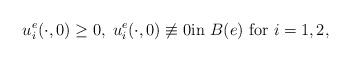
LaTeX: \begin{align*}u_i^e(\cdot,0)\geq 0,\; u_i^e(\cdot,0)\not\equiv 0 \text{in $B(e)$ for $i=1,2$,}\end{align*}